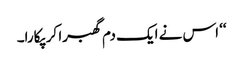
‘‘ اس نے ایک دم گھبرا کر پکارا۔